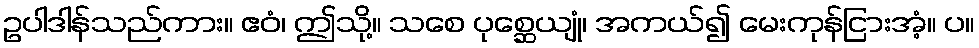
ဥပါဒါန်သည်ကား။ ဧဝံ၊ ဤသို့။ သစေ ပုစ္ဆေယျုံ၊ အကယ်၍ မေးကုန်ငြားအံ့။ ပ။